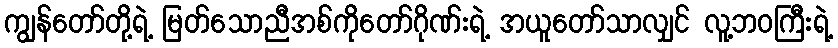
ကျွန်တော်တို့ရဲ့ မြတ်သောညီအစ်ကိုတော်ဂိုဏ်းရဲ့ အယူတော်သာလျှင် လူ့ဘဝကြီးရဲ့